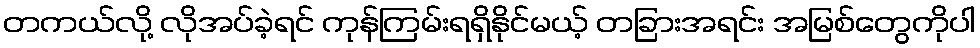
တကယ်လို့ လိုအပ်ခဲ့ရင် ကုန်ကြမ်းရရှိနိုင်မယ့် တခြားအရင်း အမြစ်တွေကိုပါ